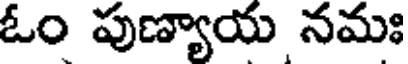
ఓం పుణ్యాయ నమః